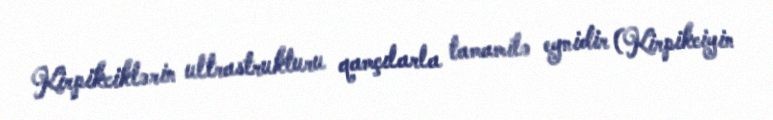
Kirpikciklərin ultrastrukturu qamçılarla tamamilə eynidir (Kirpikciyin